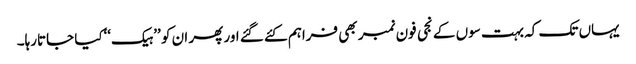
یہاں تک کہ بہت سوں کے نجی فون نمبر بھی فراہم کئے گئے اور پھر ان کو ’’ہیک‘‘کیا جاتارہا۔